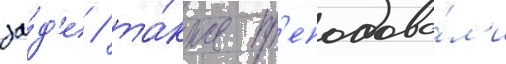
за́д'е / та́кже пр'еподава́л'и